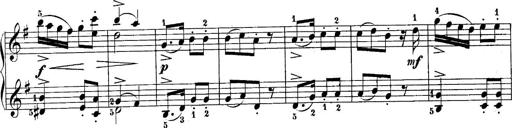
Title: 10 Sonatines progressives
Composer: Anton Schmoll